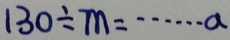
1 3 0 \div m = \cdots a